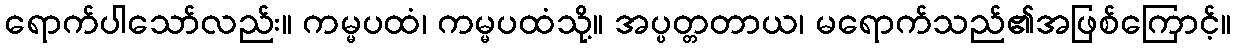
ရောက်ပါသော်လည်း။ ကမ္မပထံ၊ ကမ္မပထံသို့။ အပ္ပတ္တတာယ၊ မရောက်သည်၏အဖြစ်ကြောင့်။